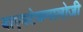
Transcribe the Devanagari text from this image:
बाएवटेकनालोजी